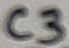
Text: C3